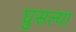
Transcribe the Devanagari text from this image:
घुसल्या